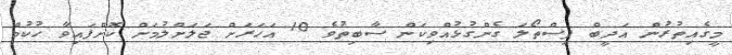
މީގެއިތުރުން އަދީބް ފިސްތޯލަ ގެންގުޅުއްވިކަން ސާބިތުވެ 10 އަހަރަށް ޖަލަށްލުމަށް ކޮށްފައިވާ ހުކުމް